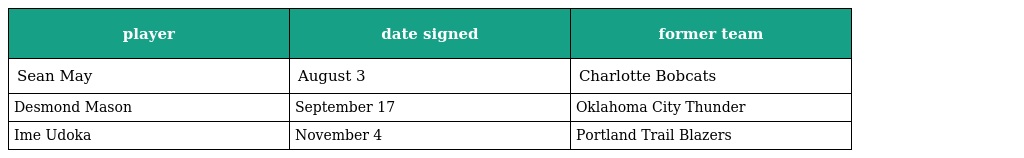
| player | date signed | former team |
 | --- | --- | --- |
 | Sean May | August 3 | Charlotte Bobcats |
 | Desmond Mason | September 17 | Oklahoma City Thunder |
 | Ime Udoka | November 4 | Portland Trail Blazers |